Indian journal of veterinary science and animal husbandry - Volume 5,
Year: 1935
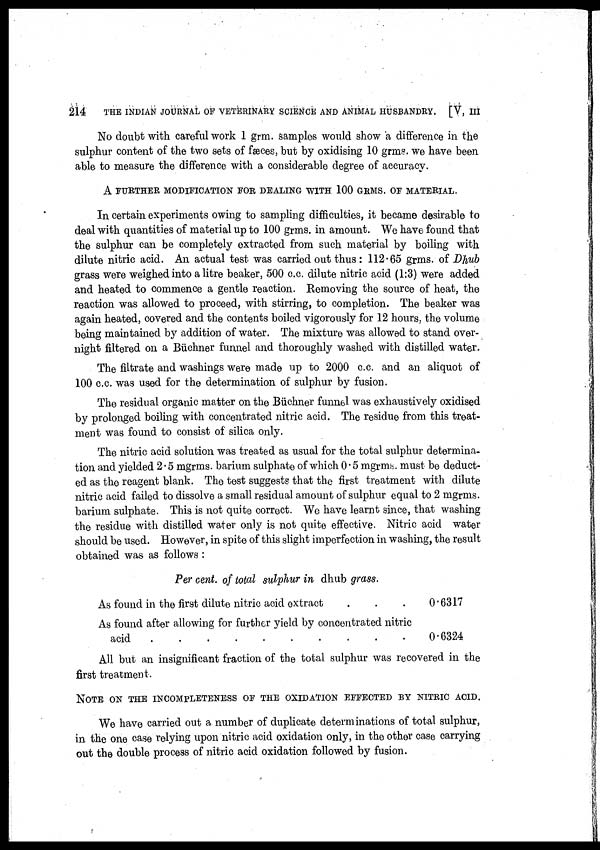
214
THE INDIAN JOURNAL OF VETERINARY SCIENCE AND ANIMAL HUSBANDRY. [V, III
No doubt with careful work 1 grm. samples would show a difference in the
sulphur content of the two sets of fæces, but by oxidising 10 grms. we have been
able to measure the difference with a considerable degree of accuracy.
A FURTHER MODIFICATION FOR DEALING WITH 100 GRMS. OF MATERIAL.
In certain experiments owing to sampling difficulties, it became desirable to
deal with quantities of material up to 100 grms. in amount. We have found that
the sulphur can be completely extracted from such material by boiling with
dilute nitric acid. An actual test was carried out thus : 112.65 grms. of Dhub
grass were weighed into a litre beaker, 500 c.c. dilute nitric acid (1:3) were added
and heated to commence a gentle reaction. Removing the source of heat, the
reaction was allowed to proceed, with stirring, to completion. The beaker was
again heated, covered and the contents boiled vigorously for 12 hours, the volume
being maintained by addition of water. The mixture was allowed to stand over-
night filtered on a Büchner funnel and thoroughly washed with distilled water.
The filtrate and washings were made up to 2000 c.c. and an aliquot of
100 c.c. was used for the determination of sulphur by fusion.
The residual organic matter on the Büchner funnel was exhaustively oxidised
by prolonged boiling with concentrated nitric acid. The residue from this treat-
ment was found to consist of silica only.
The nitric acid solution was treated as usual for the total sulphur determina-
tion and yielded 2.5 mgrms. barium sulphate of which 0.5 mgrms. must be deduct-
ed as the reagent blank. The test suggests that the first treatment with dilute
nitric acid failed to dissolve a small residual amount of sulphur equal to 2 mgrms.
barium sulphate. This is not quite correct. We have learnt since, that washing
the residue with distilled water only is not quite effective. Nitric acid water
should be used. However, in spite of this slight imperfection in washing, the result
obtained was as follows :
Per cent. of total sulphur in dhub grass.
As found in the first dilute nitric acid extract
As found after allowing for further yield by concentrated nitric
acid
..........
0.6317
0.6324
All but an insignificant fraction of the total sulphur was recovered in the
first treatment.
NOTE ON THE INCOMPLETENESS OF THE EFFECTED BY NITRIC ACID.
We have carried out a number of duplicate determinations of total sulphur,
in the one case relying upon nitric acid oxidation only, in the other case carrying
out the double process of nitric acid oxidation followed by fusion.